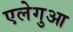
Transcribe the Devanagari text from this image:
एलेगुआ